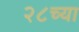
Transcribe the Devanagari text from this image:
२८च्या